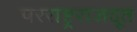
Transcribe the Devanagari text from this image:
परराष्ट्रराजदूत